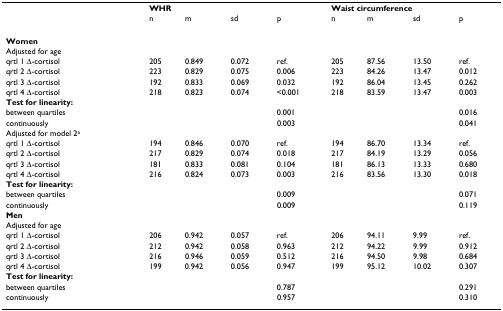
<table><thead><tr><td></td><td colspan="4"><b>WHR</b></td><td colspan="4"><b>Waist circumference</b></td></tr><tr><td></td><td><b>n</b></td><td><b>m</b></td><td><b>sd</b></td><td><b>p</b></td><td><b>n</b></td><td><b>m</b></td><td><b>sd</b></td><td><b>p</b></td></tr></thead><tbody><tr><td><b>Women</b></td><td></td><td></td><td></td><td></td><td></td><td></td><td></td><td></td></tr><tr><td>Adjusted for age</td><td></td><td></td><td></td><td></td><td></td><td></td><td></td><td></td></tr><tr><td>qrtl 1 Δ-cortisol</td><td>205</td><td>0.849</td><td>0.072</td><td>ref.</td><td>205</td><td>87.56</td><td>13.50</td><td>ref.</td></tr><tr><td>qrtl 2 Δ-cortisol</td><td>223</td><td>0.829</td><td>0.075</td><td>0.006</td><td>223</td><td>84.26</td><td>13.47</td><td>0.012</td></tr><tr><td>qrtl 3 Δ-cortisol</td><td>192</td><td>0.833</td><td>0.069</td><td>0.032</td><td>192</td><td>86.04</td><td>13.45</td><td>0.262</td></tr><tr><td>qrtl 4 Δ-cortisol</td><td>218</td><td>0.823</td><td>0.074</td><td>&lt;0.001</td><td>218</td><td>83.59</td><td>13.47</td><td>0.003</td></tr><tr><td><b>Test for linearity:</b></td><td></td><td></td><td></td><td></td><td></td><td></td><td></td><td></td></tr><tr><td>between quartiles</td><td></td><td></td><td></td><td>0.001</td><td></td><td></td><td></td><td>0.016</td></tr><tr><td>continuously</td><td></td><td></td><td></td><td>0.003</td><td></td><td></td><td></td><td>0.041</td></tr><tr><td>Adjusted for model 2<sup>a</sup></td><td></td><td></td><td></td><td></td><td></td><td></td><td></td><td></td></tr><tr><td>qrtl 1 Δ-cortisol</td><td>194</td><td>0.846</td><td>0.070</td><td>ref.</td><td>194</td><td>86.70</td><td>13.34</td><td>ref.</td></tr><tr><td>qrtl 2 Δ-cortisol</td><td>217</td><td>0.829</td><td>0.074</td><td>0.018</td><td>217</td><td>84.19</td><td>13.29</td><td>0.056</td></tr><tr><td>qrtl 3 Δ-cortisol</td><td>181</td><td>0.833</td><td>0.081</td><td>0.104</td><td>181</td><td>86.13</td><td>13.33</td><td>0.680</td></tr><tr><td>qrtl 4 Δ-cortisol</td><td>216</td><td>0.824</td><td>0.073</td><td>0.003</td><td>216</td><td>83.56</td><td>13.30</td><td>0.018</td></tr><tr><td><b>Test for linearity:</b></td><td></td><td></td><td></td><td></td><td></td><td></td><td></td><td></td></tr><tr><td>between quartiles</td><td></td><td></td><td></td><td>0.009</td><td></td><td></td><td></td><td>0.071</td></tr><tr><td>continuously</td><td></td><td></td><td></td><td>0.009</td><td></td><td></td><td></td><td>0.119</td></tr><tr><td><b>Men</b></td><td></td><td></td><td></td><td></td><td></td><td></td><td></td><td></td></tr><tr><td>Adjusted for age</td><td></td><td></td><td></td><td></td><td></td><td></td><td></td><td></td></tr><tr><td>qrtl 1 Δ-cortisol</td><td>206</td><td>0.942</td><td>0.057</td><td>ref.</td><td>206</td><td>94.11</td><td>9.99</td><td>ref.</td></tr><tr><td>qrtl 2 Δ-cortisol</td><td>212</td><td>0.942</td><td>0.058</td><td>0.963</td><td>212</td><td>94.22</td><td>9.99</td><td>0.912</td></tr><tr><td>qrtl 3 Δ-cortisol</td><td>216</td><td>0.946</td><td>0.059</td><td>0.512</td><td>216</td><td>94.50</td><td>9.98</td><td>0.684</td></tr><tr><td>qrtl 4 Δ-cortisol</td><td>199</td><td>0.942</td><td>0.056</td><td>0.947</td><td>199</td><td>95.12</td><td>10.02</td><td>0.307</td></tr><tr><td><b>Test for linearity:</b></td><td></td><td></td><td></td><td></td><td></td><td></td><td></td><td></td></tr><tr><td>between quartiles</td><td></td><td></td><td></td><td>0.787</td><td></td><td></td><td></td><td>0.291</td></tr><tr><td>continuously</td><td></td><td></td><td></td><td>0.957</td><td></td><td></td><td></td><td>0.310</td></tr></tbody></table>